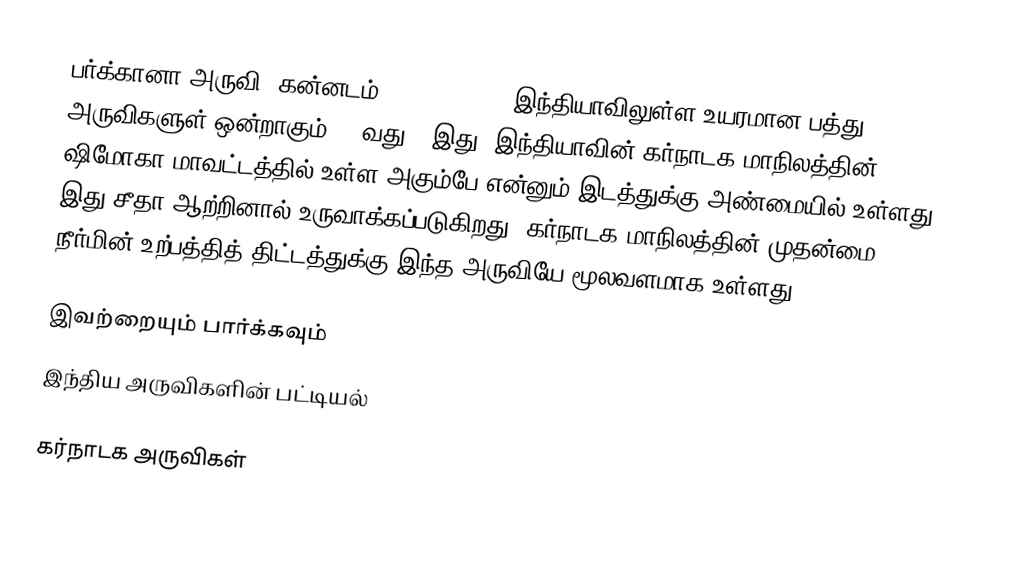
பர்க்கானா அருவி (கன்னடம்:ಬರ್ಕಣ ಜಲಪಾತ), இந்தியாவிலுள்ள உயரமான பத்து அருவிகளுள் ஒன்றாகும்(10 வது). இது, இந்தியாவின் கர்நாடக மாநிலத்தின், ஷிமோகா மாவட்டத்தில் உள்ள அகும்பே என்னும் இடத்துக்கு அண்மையில் உள்ளது. இது சீதா ஆற்றினால் உருவாக்கப்படுகிறது. கர்நாடக மாநிலத்தின் முதன்மை நீர்மின் உற்பத்தித் திட்டத்துக்கு இந்த அருவியே மூலவளமாக உள்ளது.

இவற்றையும் பார்க்கவும்
 இந்திய அருவிகளின் பட்டியல்

கர்நாடக அருவிகள்